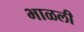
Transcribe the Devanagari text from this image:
भाळली